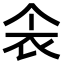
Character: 𫢚